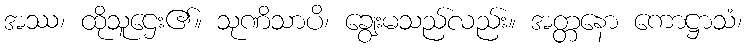
အဿ၊ ထိုသူဌေး၏။ သုဏိသာပိ၊ ချွေးမသည်လည်း။ အတ္တနော ကောဋ္ဌာသံ၊